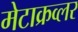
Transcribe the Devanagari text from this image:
मेटाक्रव्लर